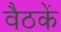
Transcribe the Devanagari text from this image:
वैठकें